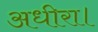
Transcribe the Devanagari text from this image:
अधीरा।